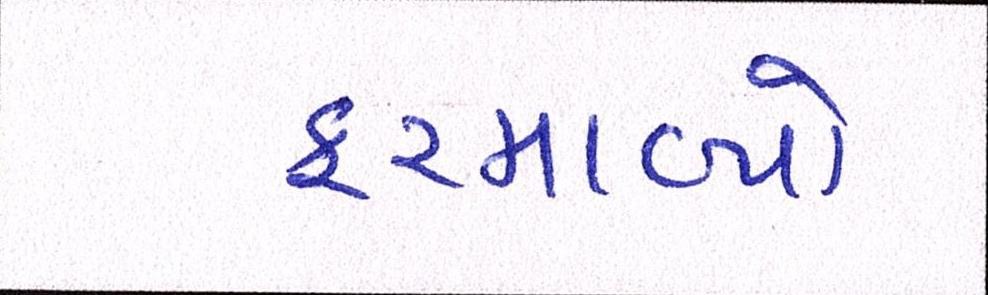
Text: ફરમાવ્યો